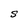
Character: S